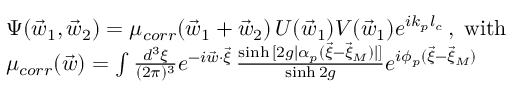
\begin{array} { r l } & { \Psi ( \vec { w } _ { 1 } , \vec { w } _ { 2 } ) = \mu _ { c o r r } ( \vec { w } _ { 1 } + \vec { w } _ { 2 } ) \, U ( \vec { w } _ { 1 } ) V ( \vec { w } _ { 1 } ) e ^ { i k _ { p } l _ { c } } \, , \; \mathrm { w i t h } } \\ & { \mu _ { c o r r } ( \vec { w } ) = \int \frac { d ^ { 3 } \xi } { ( 2 \pi ) ^ { 3 } } e ^ { - i \vec { w } \cdot \vec { \xi } } \, \frac { \sinh { [ 2 g | { \alpha } _ { p } ( \vec { \xi } - \vec { \xi } _ { M } ) | ] } } { \sinh { 2 g } } e ^ { i \phi _ { p } ( \vec { \xi } - \vec { \xi } _ { M } ) } } \end{array}